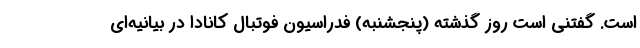
است. گفتنی است روز گذشته (پنجشنبه) فدراسیون فوتبال کانادا در بیانیه‌ای